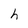
Character: h